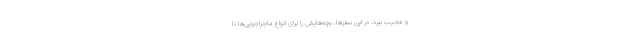
و عجیب ببرد. در این سفرها، بچه‌هایش را برای انواع ماجراجویی‌ها نا